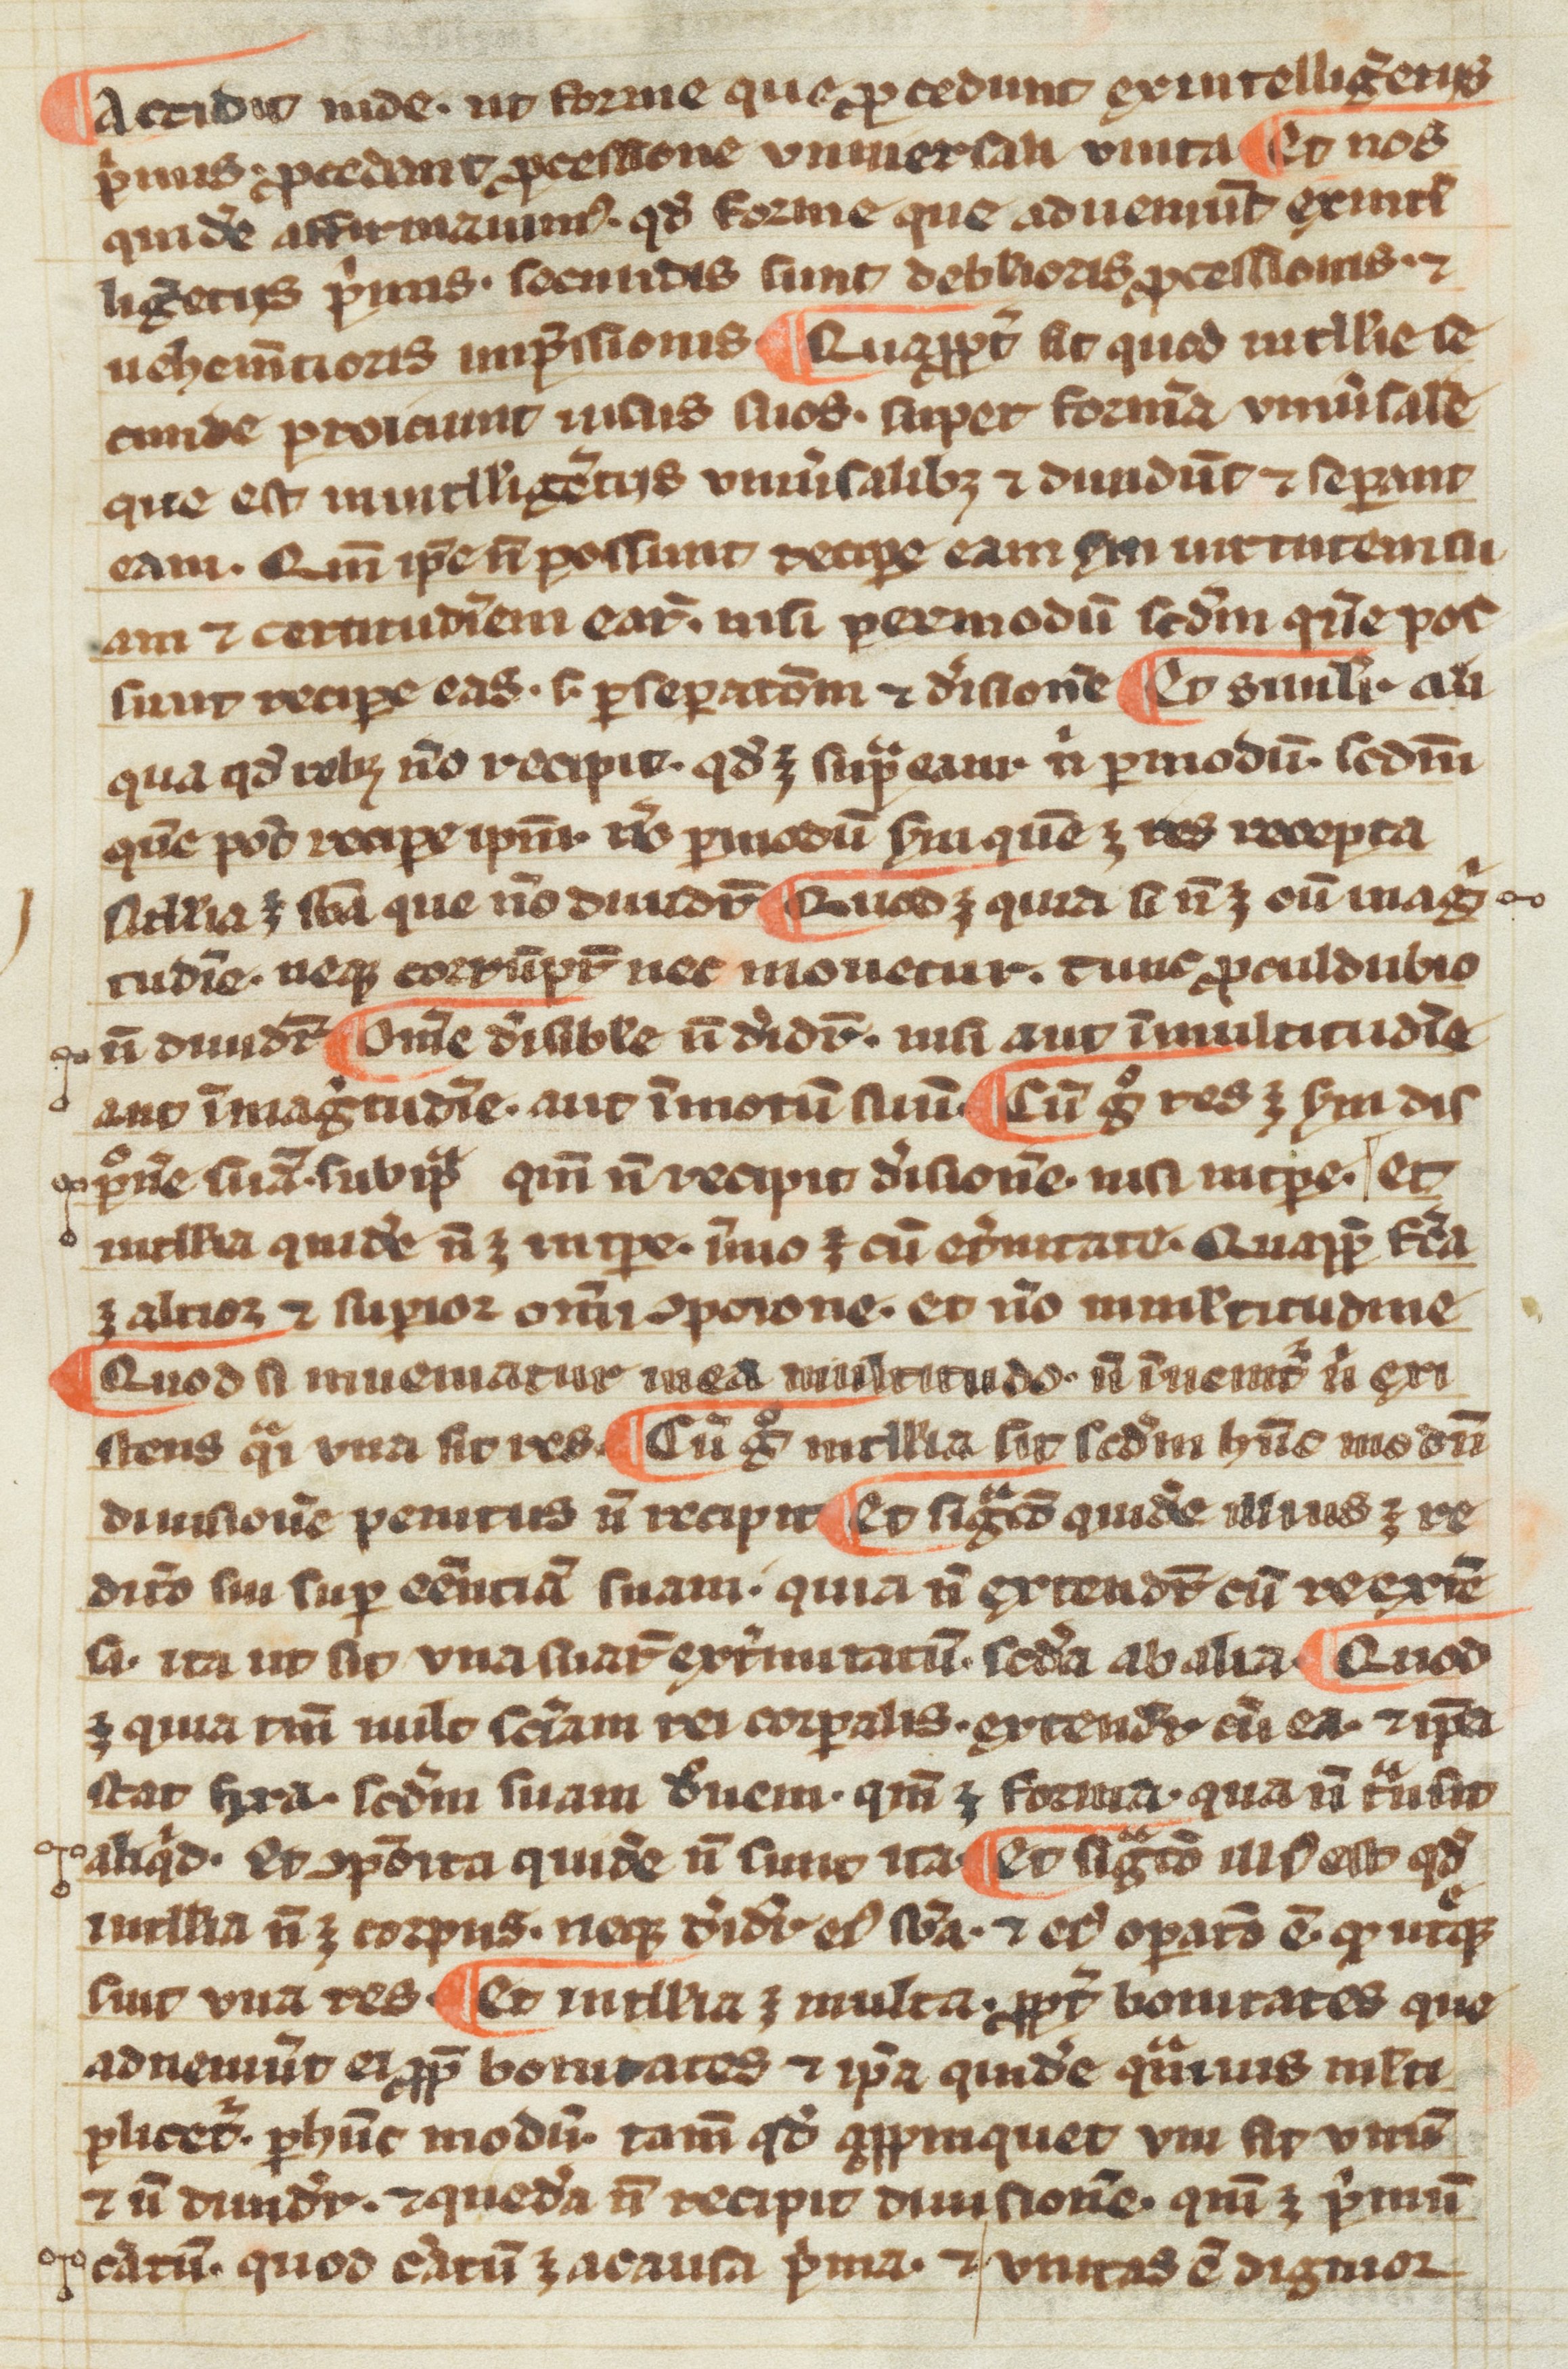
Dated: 1300–1399